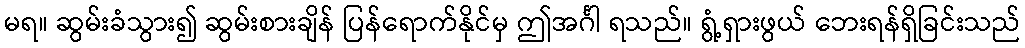
မရ။ ဆွမ်းခံသွား၍ ဆွမ်းစားချိန် ပြန်ရောက်နိုင်မှ ဤအင်္ဂါ ရသည်။ ရွံ့ရှားဖွယ် ဘေးရန်ရှိခြင်းသည်